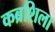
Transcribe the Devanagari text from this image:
कब्रशिला